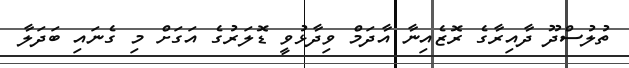
ތުލުސްދޫ ދާއިރާގެ ރޮޒެއިނާ އާދަމް ވިދާޅުވީ ޑޮލަރުގެ އަގަށް މި ގެނައި ބަދަލާ